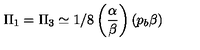
\Pi _ { 1 } = \Pi _ { 3 } \simeq 1 / 8 \left( \frac { \alpha } { \beta } \right) \left( p _ { b } \beta \right)